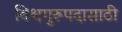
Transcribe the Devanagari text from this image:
विश्वगुरूपदासाठी